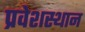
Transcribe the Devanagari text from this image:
प्रवेशस्थान